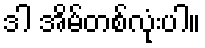
ဒါ အိမ်တစ်လုံးပါ။